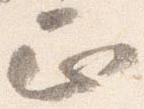
正